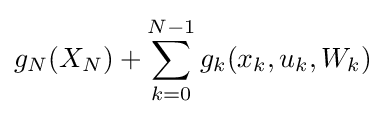
g_{N}(X_{N})+\sum _{k=0}^{N-1}g_{k}(x_{k},u_{k},W_{k})